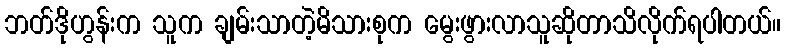
ဘတ်ဒိုဟွန်းက သူက ချမ်းသာတဲ့မိသားစုက မွေးဖွားလာသူဆိုတာသိလိုက်ရပါတယ်။